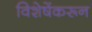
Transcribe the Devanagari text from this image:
विशेषेंकरून